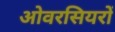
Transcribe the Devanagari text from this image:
ओवरसियरों